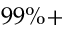
9 9 \% +